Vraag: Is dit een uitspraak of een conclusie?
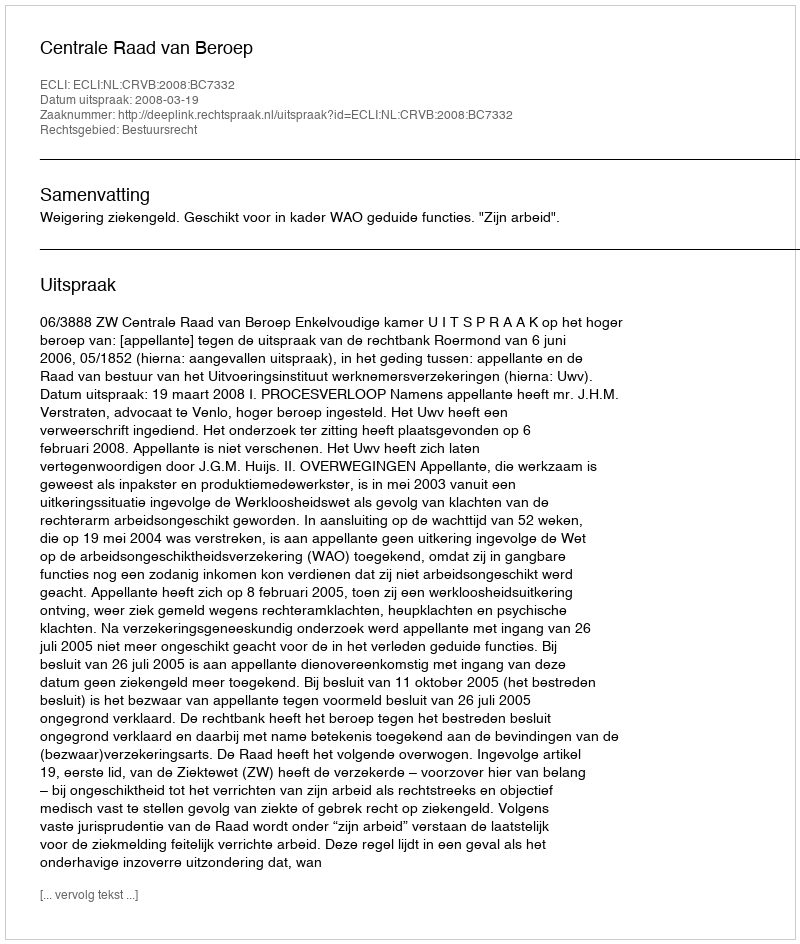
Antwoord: Uitspraak